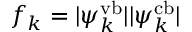
f _ { k } = | \psi _ { k } ^ { \mathrm { v b } } | | \psi _ { k } ^ { \mathrm { c b } } |